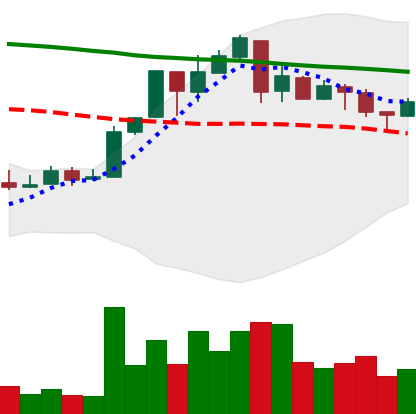
Ticker: XMR-USD
Chart end date: 2018-05-02
Forward return: -6.646%
Label: down_5_7